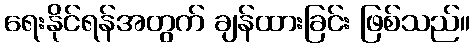
ရေးနိုင်ရန်အတွက် ချန်ထားခြင်း ဖြစ်သည်။